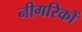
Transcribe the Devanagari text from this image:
नीगरिकों